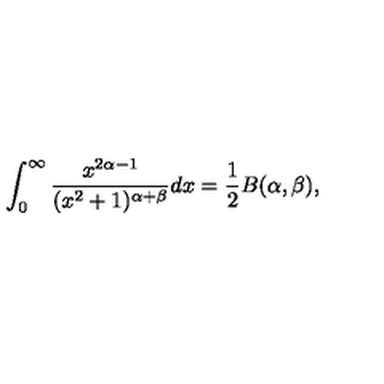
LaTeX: \int _ { 0 } ^ { \infty } \frac { x ^ { 2 \alpha - 1 } } { ( x ^ { 2 } + 1 ) ^ { \alpha + \beta } } d x = \frac { 1 } { 2 } B ( \alpha , \beta ) ,